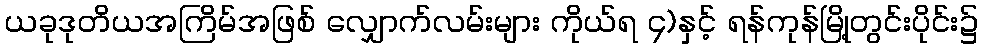
ယခုဒုတိယအကြိမ်အဖြစ် လျှောက်လမ်းများ ကိုယ်ရ ၄)နှင့် ရန်ကုန်မြို့တွင်းပိုင်း၌